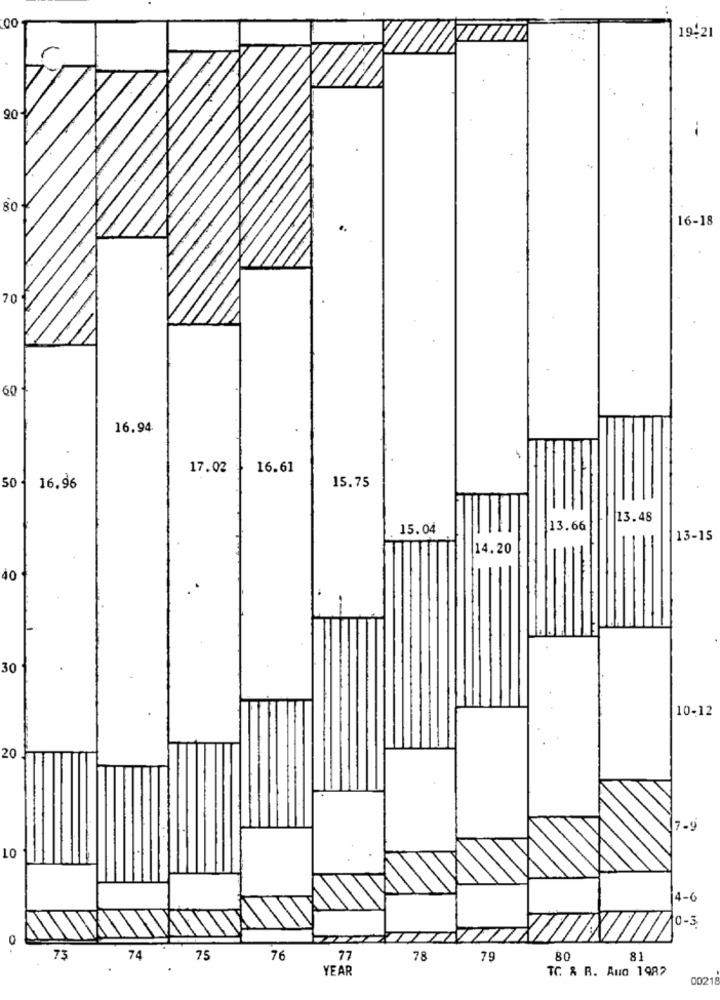
00
19-21
90
80
16-18
..
70
60
16.94
17.02
16.61
15.75
50
16.96
13.48
15.04
13.66
13-15
14.20
40
30
10-12
20
7.9
10
14-
10-3
0
73
74
75
76
77
78
79
80
81
.
YEAR
TC & R. Aug 1982
00218